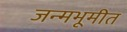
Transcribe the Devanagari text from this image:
जन्मभूमीत